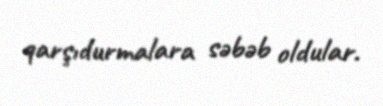
qarşıdurmalara səbəb oldular.